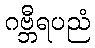
ဂဗ္ဘီရပညံ